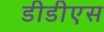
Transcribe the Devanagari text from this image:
डीडीएस